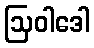
ဩဝါဒေါ